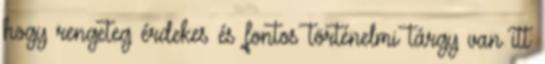
hogy rengeteg érdekes és fontos történelmi tárgy van itt